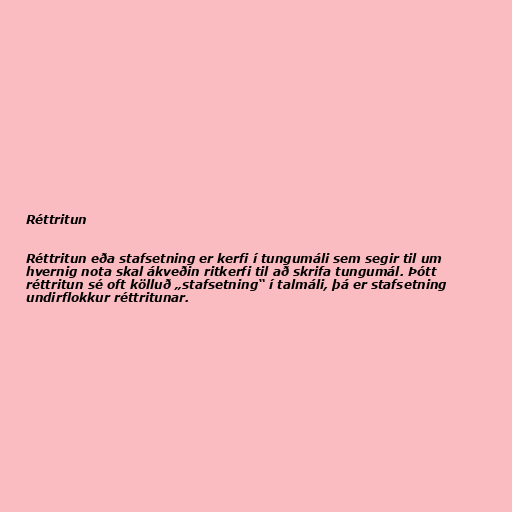
Réttritun

Réttritun eða stafsetning er kerfi í tungumáli sem segir til um
hvernig nota skal ákveðin ritkerfi til að skrifa tungumál. Þótt
réttritun sé oft kölluð „stafsetning“ í talmáli, þá er stafsetning
undirflokkur réttritunar.